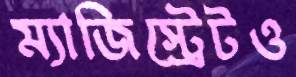
ম্যাজিস্ট্রেটও